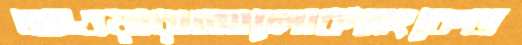
আওয়ারাআলোকসংকেত